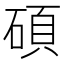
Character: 碩